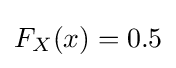
F_{X}(x)=0.5